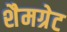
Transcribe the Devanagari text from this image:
शैमग्रेट